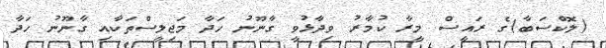
(ލޮކްސަބާ)ގެ ރައީސް މީރާ ކުމާރު ވިދާޅުވީ ގާނޫނު ހަދާ މަޖިލީސްތަކާއި ގާނޫނު ހަދާ